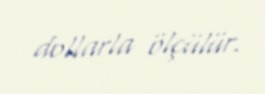
dollarla ölçülür.